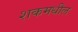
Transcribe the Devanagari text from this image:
शकमधील